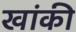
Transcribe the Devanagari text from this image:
खांकी